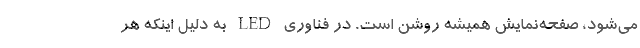
می‌شود، صفحه‌نمایش همیشه روشن است. در فناوری LED به دلیل اینکه هر